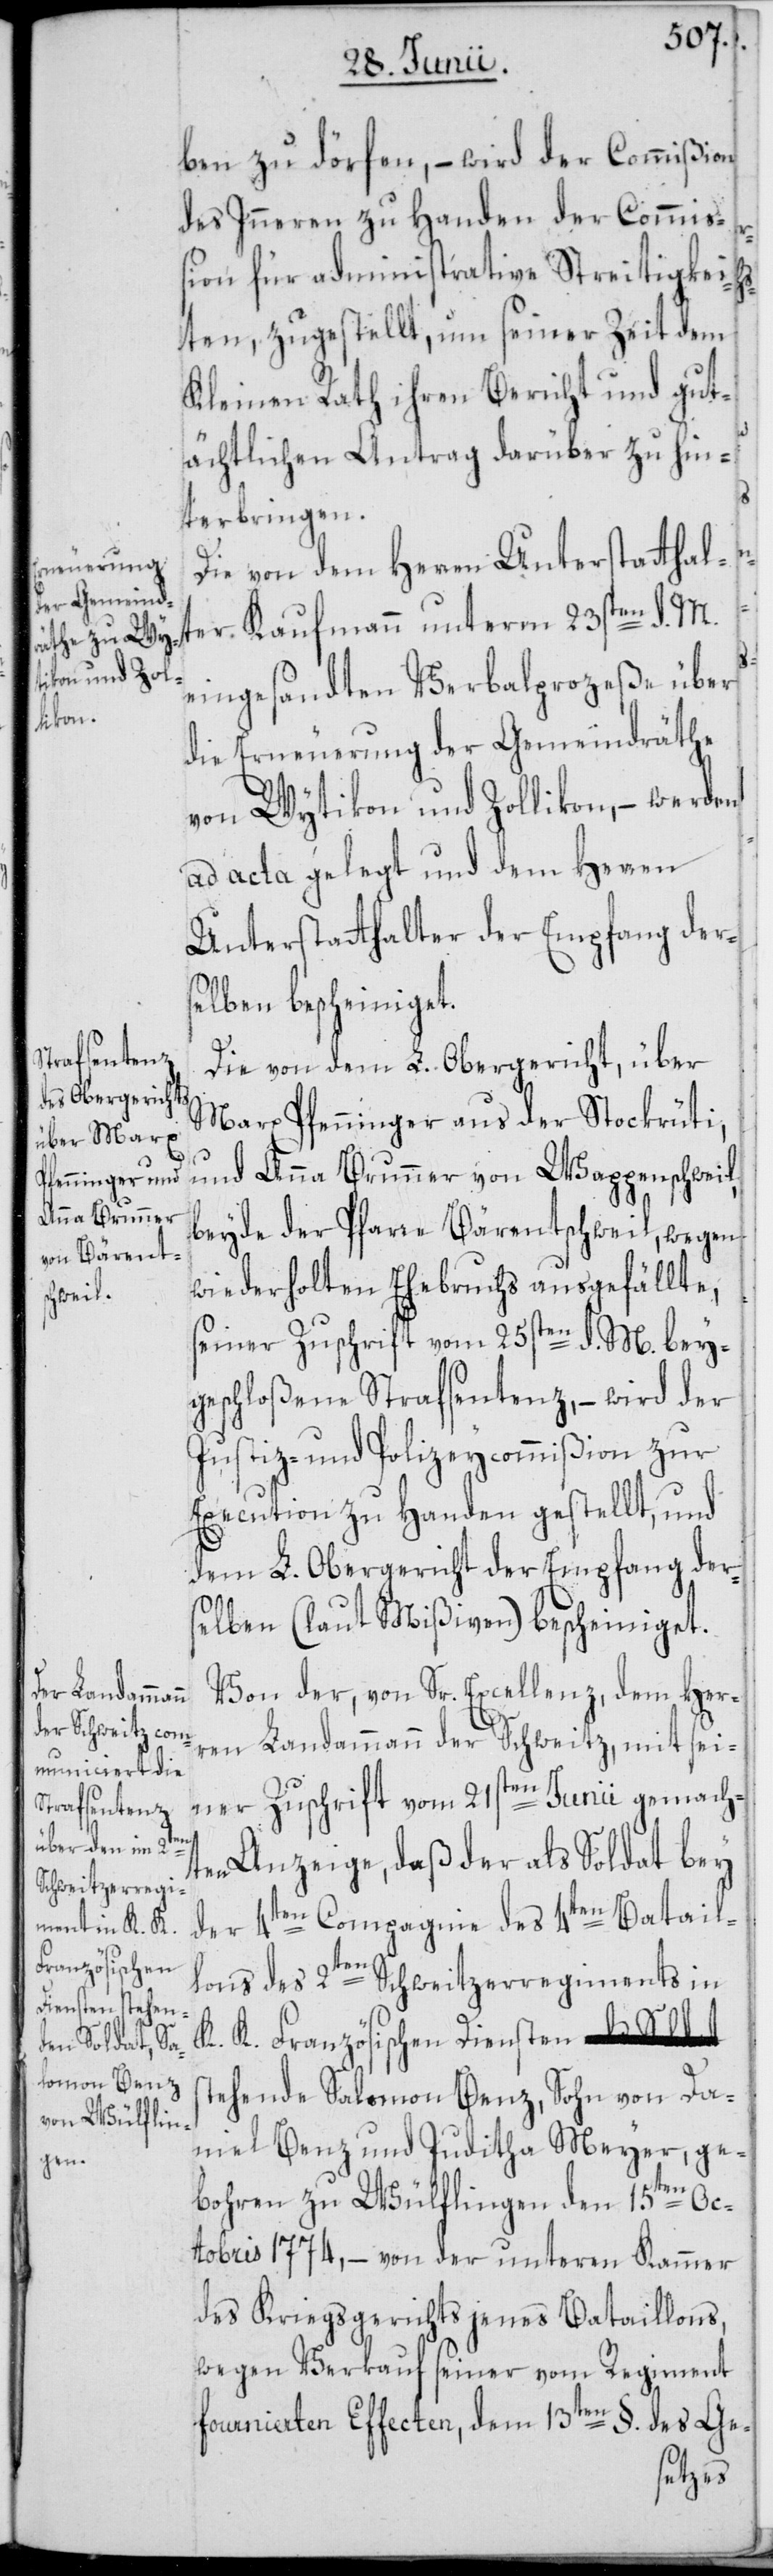
ben zu dörfen, – wird der Commißion
des Inneren zu Handen der Commi¬
ßion für administrative Streitigkei¬
ten, zugestellt, um seiner Zeit dem
Kleinen Rath ihren Bericht und gut¬
ächtlichen Antrag darüber zu hin¬
terbringen.
Die von dem Herren Unterstatthalter
eingesandten Verbalprozeße über
die Erneuerung der Gemeindräthe
von Wytikon und Zollikon, – werden
ad acta gelegt und dem Herren
Unterstatthalter der Empfang der¬
selben bescheiniget.
Die von dem L. Obergericht, über
Marx Pfenninger aus der Stockrüti,
und Anna Brunner von Wappenschweil,
beyde der Pfarre Bärentschweil, wegen
wiederholten Ehebruchs ausgefällte,
seiner Zuschrift vom 25sten d. M. bey¬
geschloßene Strafsentenz, – wird der
Justiz- und Polizeycommißion zur
Execution zu Handen gestellt, und
dem L. Obergericht der Empfang der¬
selben (laut Mißiven) bescheiniget.
Von der, von Sr. Excellenz, dem Herr¬
en Landammann der Schweitz, mit sei¬
ner Zuschrift vom 21sten Junii gemach¬
ten Anzeige, daß der als Soldat bey
der 4ten Compagnie des 4ten Batail¬
lons des 2ten Schweitzerregiments in
K. K. Französischen Diensten st¬
ehende Salomon Benz, Sohn von Da¬
niel Benz und Juditha Meyer, ge¬
bohren zu Wülflingen den 15ten Oc¬
tobris 1774, – von der unteren Kammer
des Kriegsgerichts jenes Bataillons,
wegen Verkauf seiner vom Regiment
fournierten Effecten, dem 13ten §. des Ge-